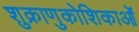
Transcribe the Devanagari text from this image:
शुक्राणुकोशिकाओं